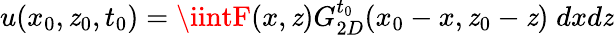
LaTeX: u(x_{0},\mathit{z}_{0},t_{0})=\iintF(x,\mathit{z})G_{2D}^{t_{0}}(x_{0}-x,\mathit{z}_{0}-\mathit{z})\; dxd\mathit{z}